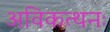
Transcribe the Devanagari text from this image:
अविकत्थनः